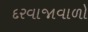
દરવાજાવાળો